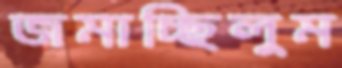
জমাচ্ছিলুম